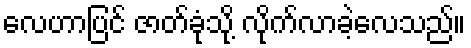
လေဟာပြင် ဇာတ်ခုံသို့ လိုက်လာခဲ့လေသည်။